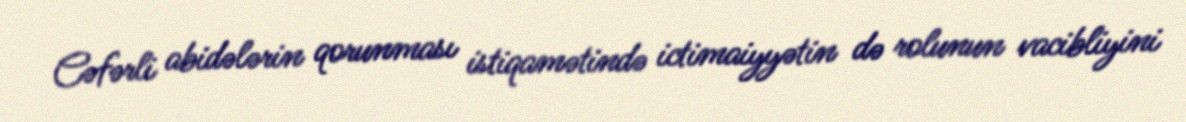
Cəfərli abidələrin qorunması istiqamətində ictimaiyyətin də rolunun vacibliyini